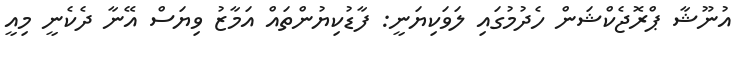
އުނޫޝާ ޕްރޮޖެކްޝަން ހެދުމުގައި ލަވަކިޔަނީ: ފާޑުކިޔުންތައް އަމާޒު ވިޔަސް އޭނާ ދެކެނީ މިއީ